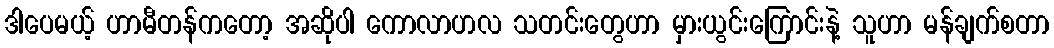
ဒါပေမယ့် ဟာမီတန်ကတော့ အဆိုပါ ကောလာဟလ သတင်းတွေဟာ မှားယွင်းကြောင်းနဲ့ သူဟာ မန်ချက်စတာ